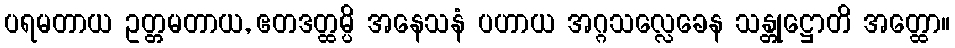
ပရမတာယ ဥတ္တမတာယ, ဧတဒတ္ထမ္ပိ အနေသနံ ပဟာယ အဂ္ဂသလ္လေခေန သန္တုဋ္ဌောတိ အတ္ထော။